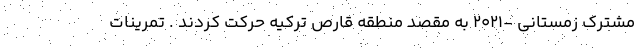
مشترک زمستانی -۲۰۲۱ به مقصد منطقه قارص ترکیه حرکت کردند . تمرینات